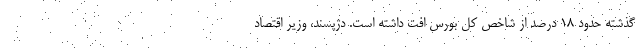
گذشته حدود ۱۸ درصد از شاخص کل بورس افت داشته است. دژپسند، وزیر اقتصاد